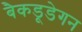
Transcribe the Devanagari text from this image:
बैकडूडेगन